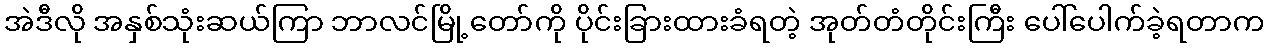
အဲဒီလို အနှစ်သုံးဆယ်ကြာ ဘာလင်မြို့တော်ကို ပိုင်းခြားထားခံရတဲ့ အုတ်တံတိုင်းကြီး ပေါ်ပေါက်ခဲ့ရတာက